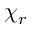
\chi _ { r }